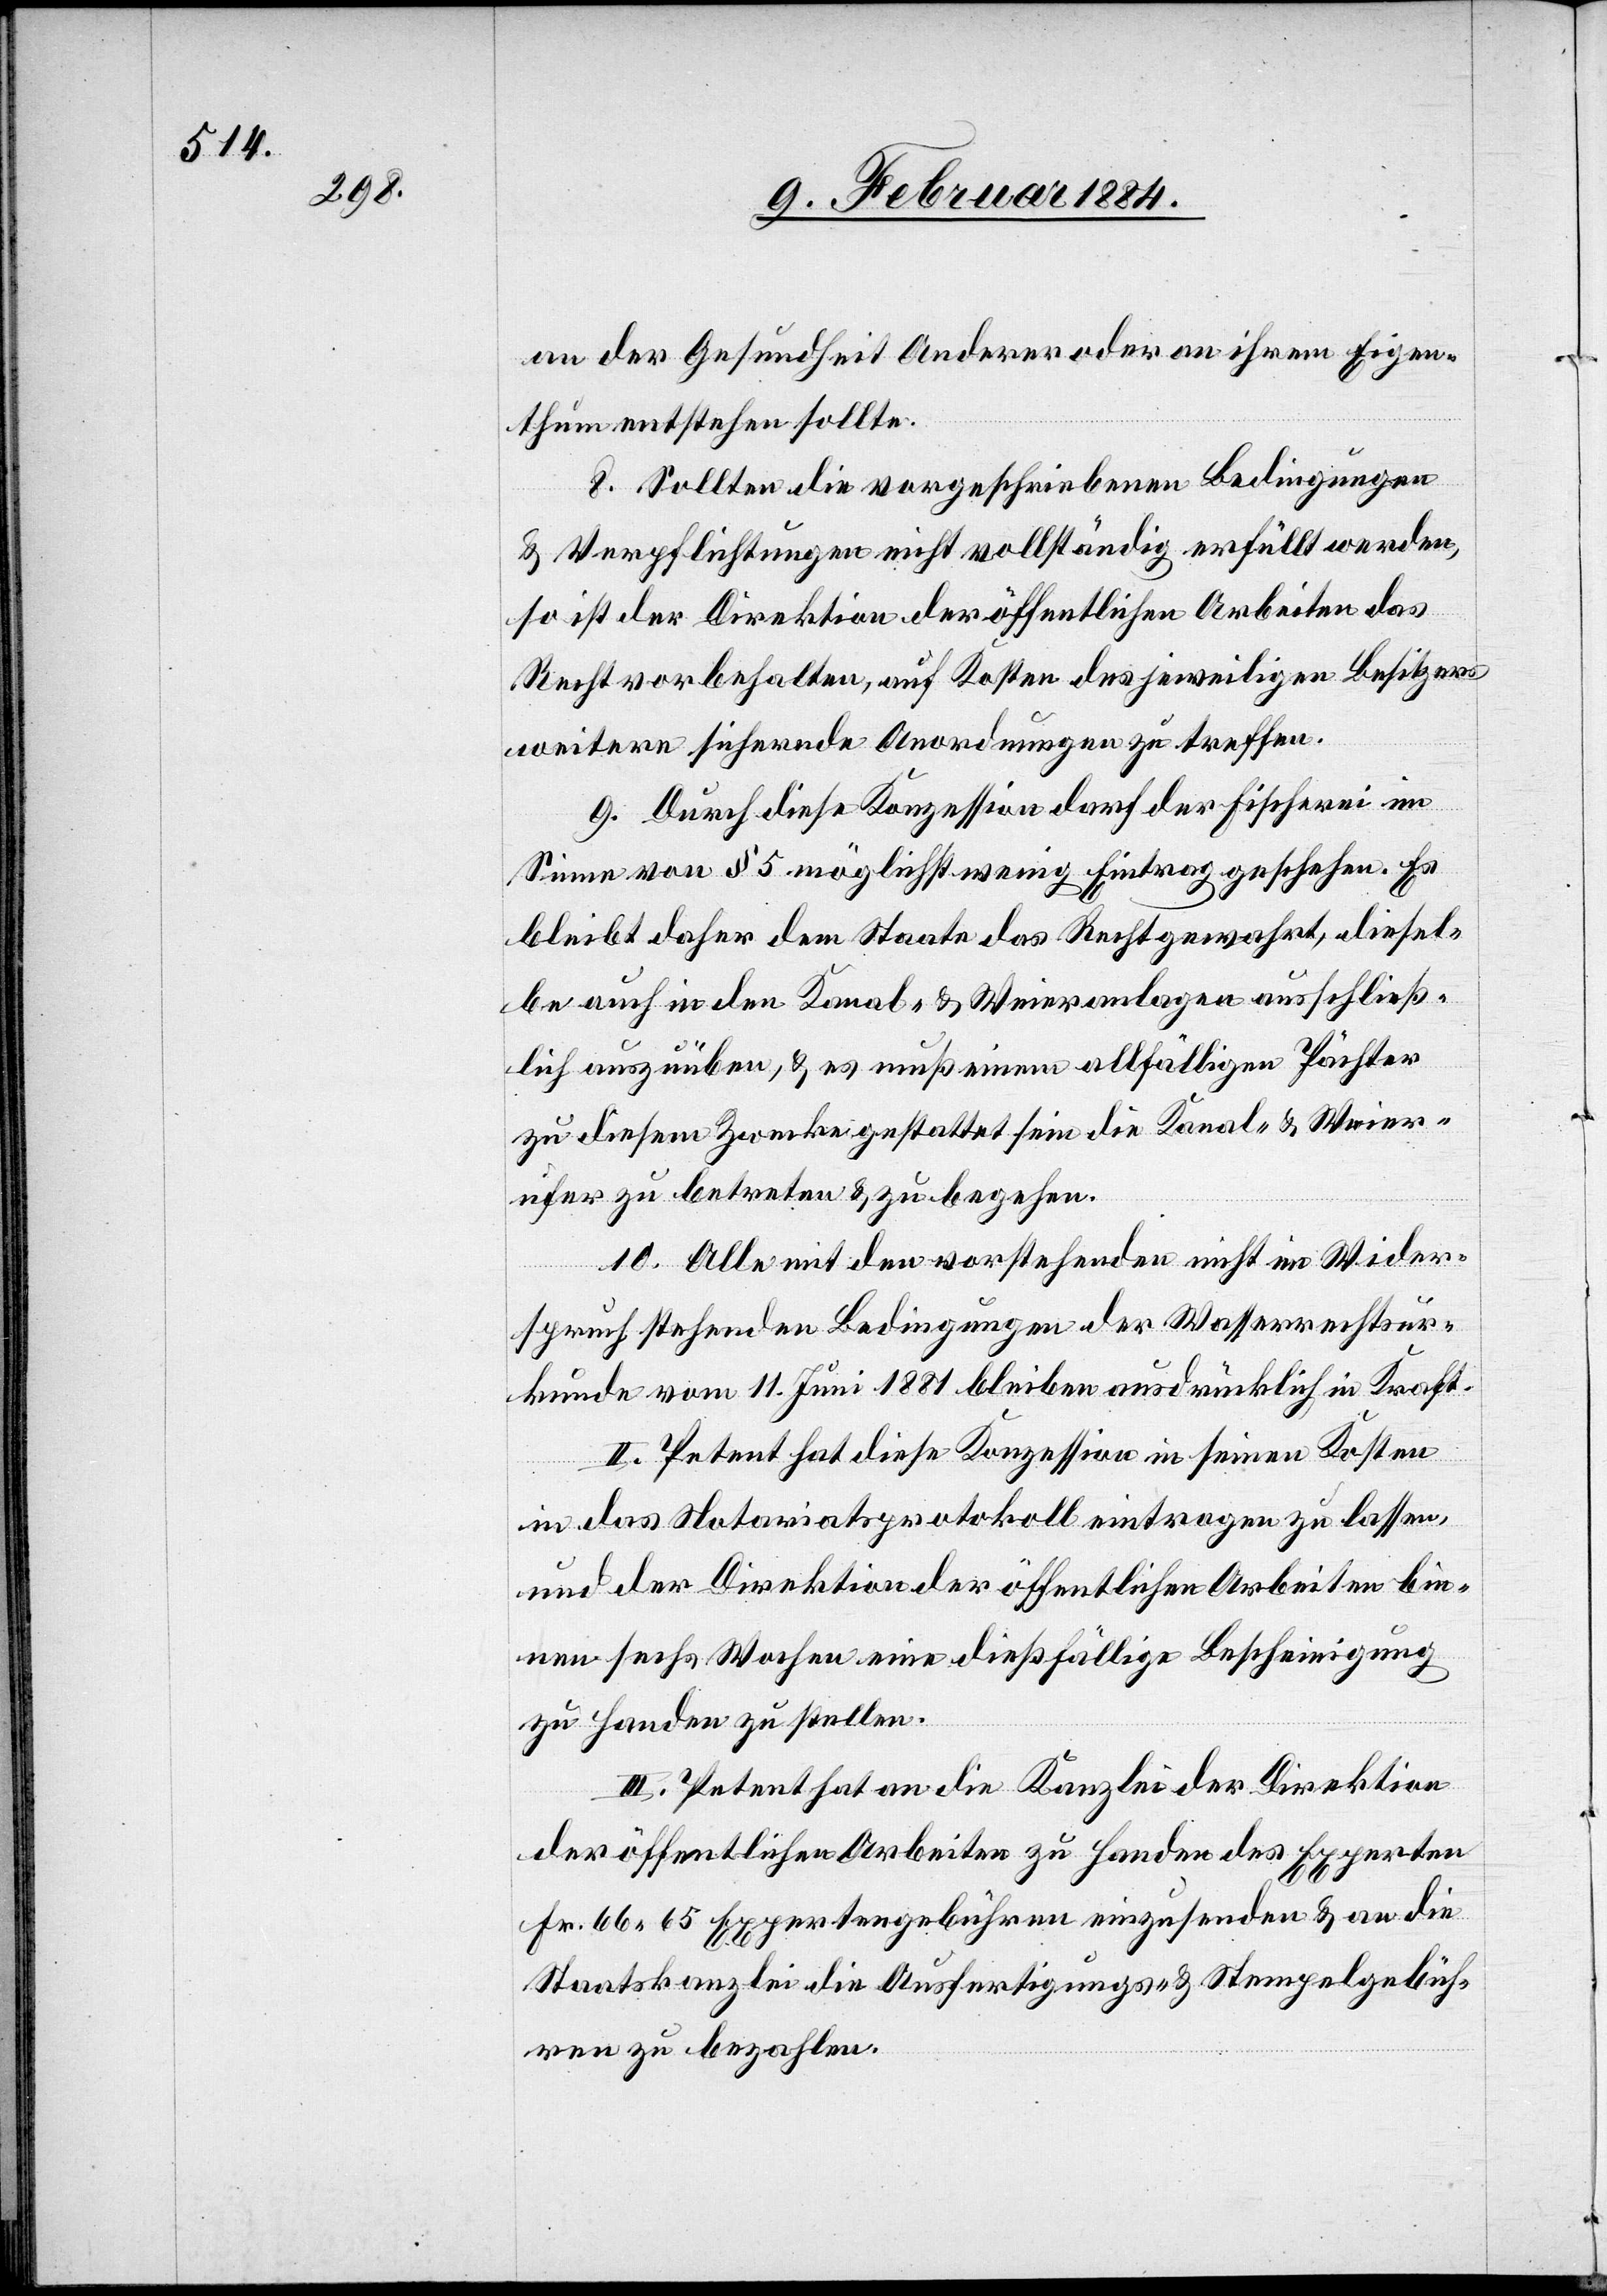
an der Gesundheit Anderer oder an ihrem Eigen¬
thum entstehen sollte.
8. Sollten die vorgeschriebenen Bedingungen
& Verpflichtungen nicht vollständig erfüllt werden,
so ist der Direktion der öffentlichen Arbeiten das
Recht vorbehalten, auf Kosten des jeweiligen Besitzers
weitere sichernde Anordnungen zu treffen.
9. Durch diese Konzession darf der Fischerei im
Sinne von § 5 möglichst wenig Eintrag geschehen. Es
bleibt daher dem Staate das Recht gewahrt, diesel¬
be auch in den Kanal- & Weieranlagen ausschließ¬
lich auszuüben, & es muß einem allfälligen Pächter
zu diesem Zwecke gestattet sein die Kanal- & Weier¬
ufer zu betreten & zu begehen.
10. Alle mit den vorstehenden nicht in Wider¬
spruch stehenden Bedingungen der Wasserrechtsur¬
kunde vom 11. Juni 1881 bleiben ausdrücklich in Kraft.
II. Petent hat diese Konzession in seinen Kosten
in das Notariatsprotokoll eintragen zu lassen,
und der Direktion der öffentlichen Arbeiten bin¬
nen sechs Wochen eine dießfällige Bescheinigung
zu Handen zu stellen.
III. Petent hat an die Kanzlei der Direktion
der öffentlichen Arbeiten zu Handen des Experten
Fr. 66 65 Expertengebühren einzusenden & an die
Staatskanzlei die Ausfertigungs- & Stempelgebüh¬
ren zu bezahlen.